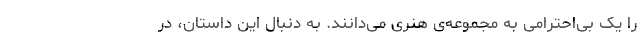
را یک بی‌احترامی به مجموعه‌ی هنری می‌دانند. به دنبال این داستان، در